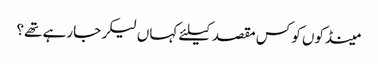
﻿ مینڈکوں کو کس مقصد کیلئے کہاں لیکر جارہے تھے؟